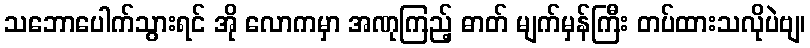
သဘောပေါက်သွားရင် အို လောကမှာ အဏုကြည့် ဓာတ် မျက်မှန်ကြီး တပ်ထားသလိုပဲဗျ၊